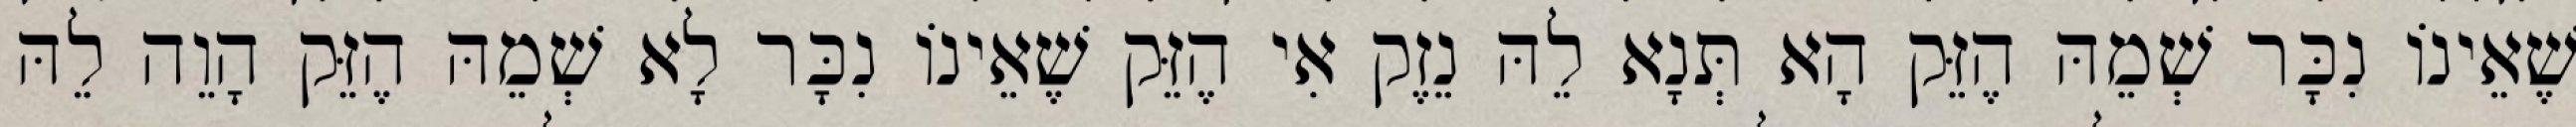
שֶׁאֵינוֹ נִכָּר שְׁמֵהּ הֶזֵּק הָא תְּנָא לֵהּ נֵזֶק אִי הֶזֵּק שֶׁאֵינוֹ נִכָּר לָא שְׁמֵהּ הֶזֵּק הָוֵה לֵהּ